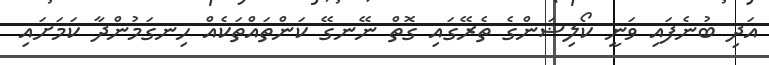
އަދި ބުނެފައި ވަނީ ކޯލިޝަންގެ ތެރޭގައި ގޮތް ނޭނގޭ ކަންތައްތަކެއް ހިނގަމުންދާ ކަމަށައި